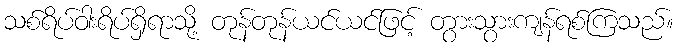
သစ်ရိပ်ဝါးရိပ်ရှိရာသို့ တုန်တုန်ယင်ယင်ဖြင့် တွားသွားကျန်ရစ်ကြသည်။